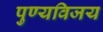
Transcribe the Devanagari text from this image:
पुण्यविजय